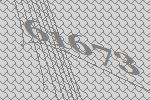
61673